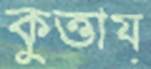
কুত্তায়